Indian journal of veterinary science and animal husbandry - Volumes 15-17, 1948-1951
Year: 1948
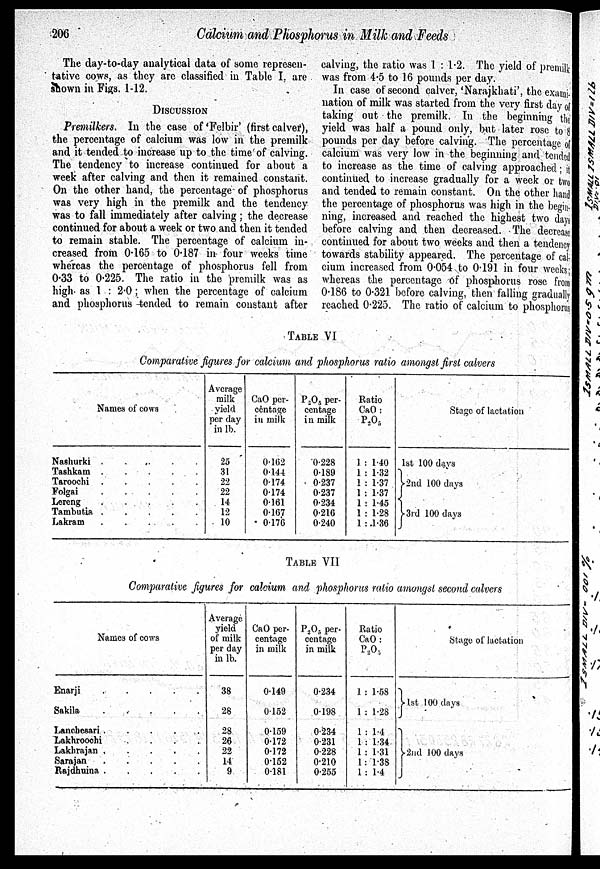
206
Calcium and Phosphorus in Milk and Feeds
The day-to-day analytical data of some represen-
tative cows, as they are classified in Table I. are
shown in Figs. 1-12.
DISCUSSION
Premilkers. In the case of 'Felbir' (first calver),
the percentage of calcium was low in the premilk
and it tended to increase up to the time of calving.
The tendency to increase continued for about a
week after calving and then it remained constant.
On the other hand, the percentage of phosphorus
was very high in the premilk and the tendency
was to fall immediately after calving ; the decrease
continued for about a week or two and then it tended
to remain stable. The percentage of calcium in-
creased from 0.165 to 0.187 in four weeks time
whereas the percentage of phosphorus fell from
0.33 to 0.225. The ratio in the premilk was as
high as 1 : 2.0 ; when the percentage of calcium
and phosphorus tended to remain constant after
calving, the ratio was 1 : 1.2. The yield of premilk
was from 4.5 to 16 pounds per day.
In case of second calver, 'Narajkhati', the exami-
nation of milk was started from the very first day of
taking out the premilk. In the beginning the
yield was half a pound only, but later rose to 8
pounds per day before calving. The percentage of
calcium was very low in the beginning and tended
to increase as the time of calving approached ; it
continued to increase gradually for a week or two
and tended to remain constant. On the other hand
the percentage of phosphorus was high in the begin-
ning, increased and reached the highest two days
before calving and then decreased. The decrease
continued for about two weeks and then a tendency
towards stability appeared. The percentage of cal-
cium increased from 0.054 to 0.191 in four weeks;
whereas the percentage of phosphorus rose from
0.186 to 0.321 before calving, then falling gradually
reached 0.225. The ratio of calcium to phosphorus
TABLE VI
Comparative figures for calcium and phosphorus ratio amongst first calvers
Names of cows
Nashurki
Tashkam .
.
.
.
.
Taroochi
Folgai
Lereng
.
.
.
.
.
Tambutia
Lakram
Average
milk
yield
per day
in lb.
25
31
22
22
14
12
10
CaO per-
centage
in milk
0.162
0.144
0.174
0.174
0.161
0.167
0.176
P 2 O 5 per-
centage
in milk
0.228
0.189
0.237
0.237
0.234
0.216
0.240
Ratio
CaO :
P 2 O 5
1 : 1.40
1 : 1.32
1 : 1.37
1 : 1.37
1 : 1.45
1 : 1.28
1 : 1.36
Stage of lactation
1st 100 days
2nd 100 days
3rd 100 days
TABLE VII
Comparative figures for calcium and phosphorus ratio amongst second calvers
Names of cows
Enarji
.
.
.
.
.
Sakila
Lancbesari
Lakhroochi
.
.
.
.
Lakhrajan
Sarajan
Rajdhuina
Average
yield
of milk
per day
in lb.
38
28
28
26
22
14
9
CaO per-
centage
in milk
0.149
0.152
0.159
0.172
0.172
0.152
0.181
P 2 O 5 , per-
centage
in milk
0.234
0.198
0.234
0.231
0.228
0.210
0.255
Ratio
CaO :
P 2 O 5
1 : 1.58
1 : 1.28
1 : 1.4
1 : 1.34
1 : 1.31
1 : 1.38
1 : 1.4
Stage of lactation
1st 100 days
2nd 100 days